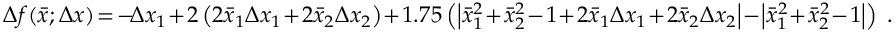
\begin{array} { r } { \Delta f ( \bar { x } ; \Delta x ) \! = \! - \! \Delta x _ { 1 } \! + \! 2 \left( 2 \bar { x } _ { 1 } \Delta x _ { 1 } \! + \! 2 \bar { x } _ { 2 } \Delta x _ { 2 } \right) \! + \! 1 . 7 5 \left( \left| \bar { x } _ { 1 } ^ { 2 } \! + \! \bar { x } _ { 2 } ^ { 2 } \! - \! 1 \! + \! 2 \bar { x } _ { 1 } \Delta x _ { 1 } \! + \! 2 \bar { x } _ { 2 } \Delta x _ { 2 } \right| \! - \! \left| \bar { x } _ { 1 } ^ { 2 } \! + \! \bar { x } _ { 2 } ^ { 2 } \! - \! 1 \right| \right) \; . } \end{array}